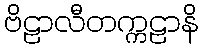
ဗိဠာလီတက္ကဠာနိ